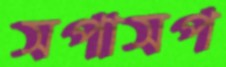
সপাসপ